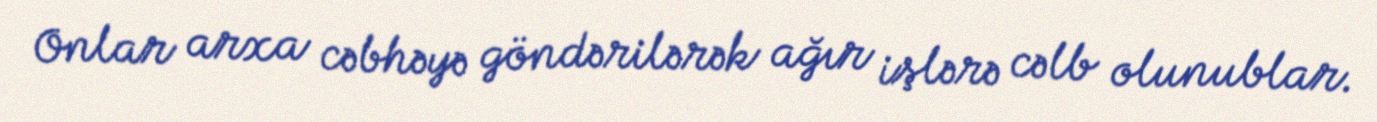
Onlar arxa cəbhəyə göndərilərək ağır işlərə cəlb olunublar.